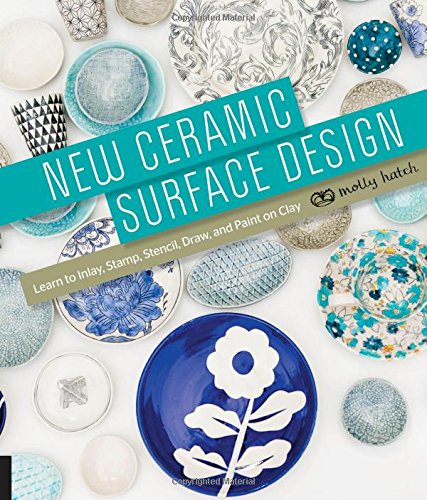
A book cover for New Ceramic Surface Design: Learn to Inlay, Stamp, Stencil, Draw, and Paint on Clay; Molly Hatch; Crafts, Hobbies & Home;